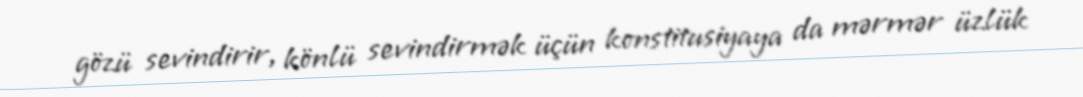
gözü sevindirir, könlü sevindirmək üçün konstitusiyaya da mərmər üzlük